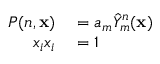
\begin{array} { r l } { P ( n , \mathbf { x } ) } & { { } = a _ { m } \hat { Y } _ { m } ^ { n } ( \mathbf { x } ) } \\ { x _ { i } x _ { i } } & { { } = 1 } \end{array}